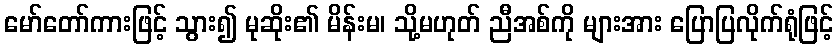
မော်တော်ကားဖြင့် သွား၍ မုဆိုး၏ မိန်းမ၊ သို့မဟုတ် ညီအစ်ကို များအား ပြောပြလိုက်ရုံဖြင့်